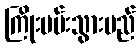
ကြိုးပမ်းသွားမည်